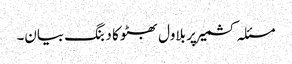
مسئلہ کشمیر پر بلاول بھٹو کا دبنگ بیان۔